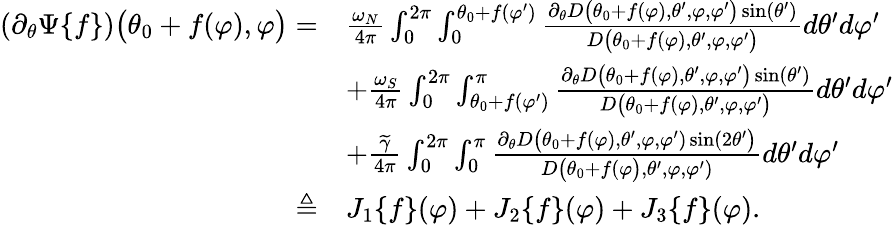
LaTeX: \begin{array}{rl}{(\partial_{\theta}\Psi\{ f\} )\big(\theta_{0}+f(\varphi),\varphi\big)=}&{\frac{\omega_{N}}{4\pi}\int_{0}^{2\pi}\int_{0}^{\theta_{0}+f(\varphi^{\prime})}\frac{\partial_{\theta}D\big(\theta_{0}+f(\varphi),\theta^{\prime},\varphi,\varphi^{\prime}\big)\sin(\theta^{\prime})}{D\big(\theta_{0}+f(\varphi),\theta^{\prime},\varphi,\varphi^{\prime}\big)}d\theta^{\prime}d\varphi^{\prime}}\\ &{+\frac{\omega_{S}}{4\pi}\int_{0}^{2\pi}\int_{\theta_{0}+f(\varphi^{\prime})}^{\pi}\frac{\partial_{\theta}D\big(\theta_{0}+f(\varphi),\theta^{\prime},\varphi,\varphi^{\prime}\big)\sin(\theta^{\prime})}{D\big(\theta_{0}+f(\varphi),\theta^{\prime},\varphi,\varphi^{\prime}\big)}d\theta^{\prime}d\varphi^{\prime}}\\ &{+\frac{\widetilde{\gamma}}{4\pi}\int_{0}^{2\pi}\int_{0}^{\pi}\frac{\partial_{\theta}D\big(\theta_{0}+f(\varphi),\theta^{\prime},\varphi,\varphi^{\prime})\sin(2\theta^{\prime}\big)}{D\big(\theta_{0}+f(\varphi\big),\theta^{\prime},\varphi,\varphi^{\prime})}d\theta^{\prime}d\varphi^{\prime}}\\ {\triangleq}&{J_{1}\{ f\} (\varphi)+J_{2}\{ f\} (\varphi)+J_{3}\{ f\} (\varphi).}\end{array}